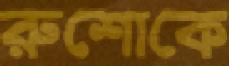
রুশোকে